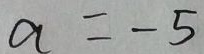
a = - 5